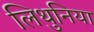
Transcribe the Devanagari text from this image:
लिथुनिया